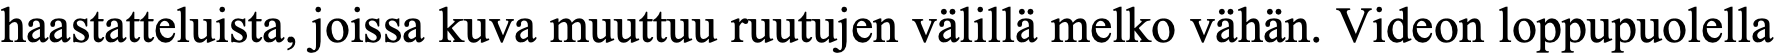
haastatteluista, joissa kuva muuttuu ruutujen välillä melko vähän. Videon loppupuolella